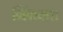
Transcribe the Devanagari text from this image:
जिंकला।